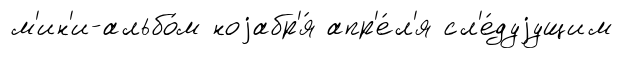
м'ин'и-альбо́м ноjабр'я́ апр'е́л'я сл'е́дуjущим